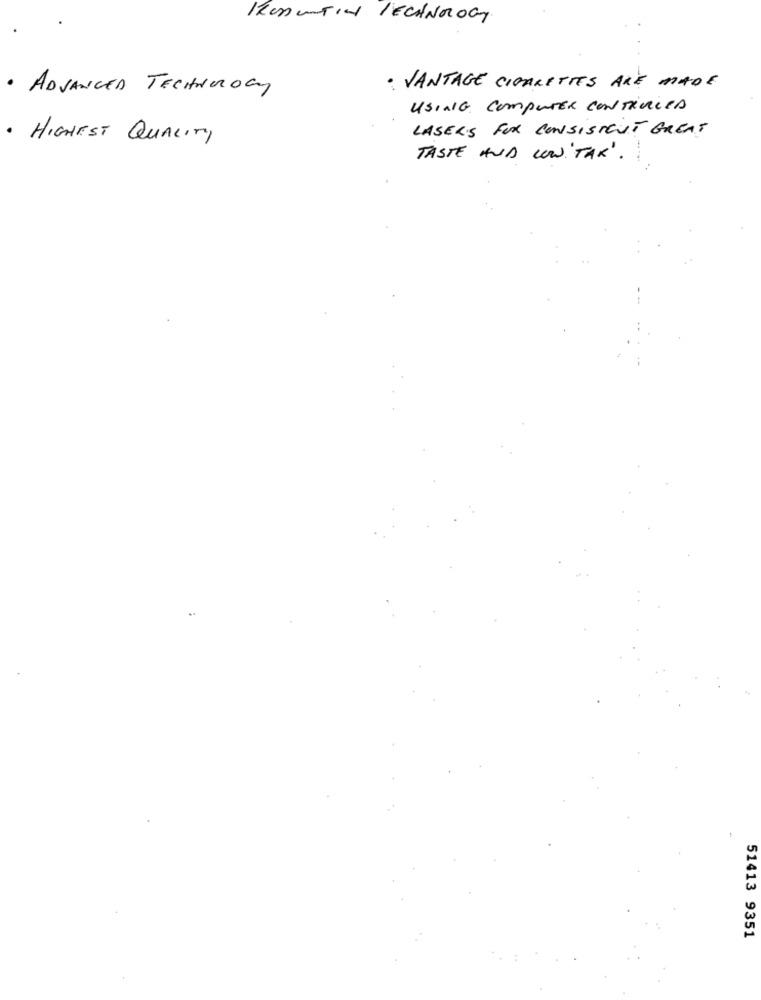
KRUANTIN TECHNOLOGY
· ADVANCED TECHNOLOGY
· VANTAGE CIGARETTES ARE MADE
USING COMPUTER CONTROLED
LASERS FOR CONSISTENT GREAT
· HIGHEST QUALITY
TASTE AND WOW"TAK".
51413 9351